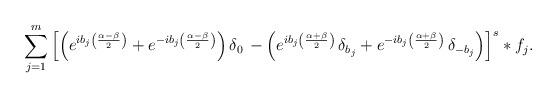
\begin{align*} \sum_{j=1}^m \left[ \left(e^{ib_j\left(\frac{\alpha-\beta}{2}\right)}+e^{-ib_j\left(\frac{\alpha-\beta}{2} \right)}\right) \delta_0\, -\left(e^{ib_j\left(\frac{\alpha+\beta}{2}\right)}\,\delta_{b_j} +e^{-ib_j\left(\frac{\alpha+\beta}{2}\right)}\,\delta_{- b_j}\right) \right]^s \ast f_j. \end{align*}